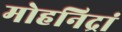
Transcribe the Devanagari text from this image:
मोहनिद्रां